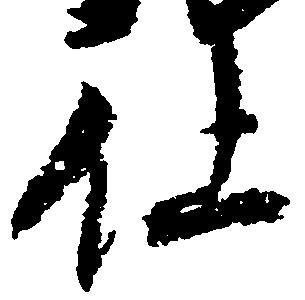
仕